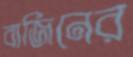
বার্জিনের